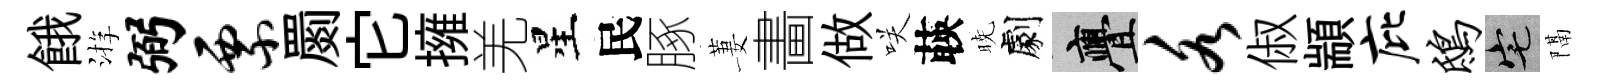
餓㳺弼票罽它擁羌星民䐁萋畵做咲𦴤暁劇亹各俶顓庇鸱宅隔